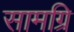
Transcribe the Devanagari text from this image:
सामग्रि